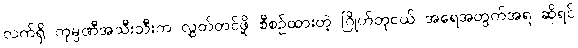
လက်ရှိ ကုမ္ပဏီအသီးသီးက လွှတ်တင်ဖို့ စီစဉ်ထားတဲ့ ဂြိုဟ်တုငယ် အရေအတွက်အရ ဆိုရင်